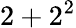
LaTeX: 2+2^{2}